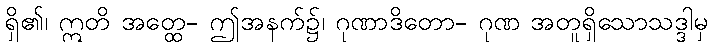
ရှိ၏၊ ဣတိ အတ္ထေ- ဤအနက်၌၊ ဂုဏာဒိတော- ဂုဏ အတူရှိသောသဒ္ဒါမှ